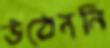
উঠেননি